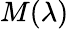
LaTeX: M(\lambda)